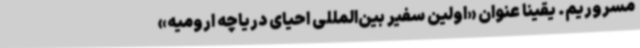
مسروریم. یقینا عنوان «اولین سفیر بین‌المللی احیای دریاچه ارومیه»